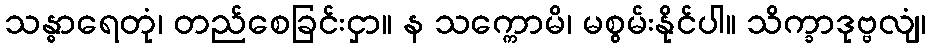
သန္ဓာရေတုံ၊ တည်စေခြင်းငှာ။ န သက္ကောမိ၊ မစွမ်းနိုင်ပါ။ သိက္ခာဒုဗ္ဗလျံ၊